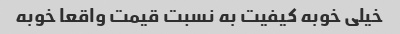
خیلی خوبه کیفیت به نسبت قیمت واقعا خوبه